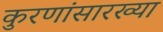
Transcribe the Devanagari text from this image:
कुरणांसारख्या